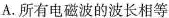
A.所有电磁波的波长相等